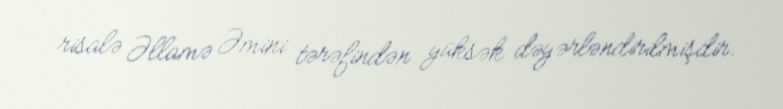
risalə Əllamə Əmini tərəfindən yüksək dəyərləndirilmişdir.